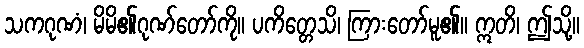
သကဂုဏံ၊ မိမိ၏ဂုဏ်တော်ကို။ ပကိတ္တေသိ၊ ကြားတော်မူ၏။ ဣတိ၊ ဤသို့။